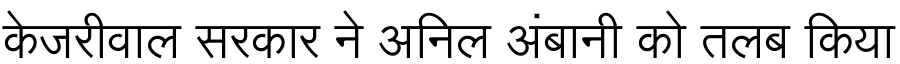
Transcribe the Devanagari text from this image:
केजरीवाल सरकार ने अनिल अंबानी को तलब किया